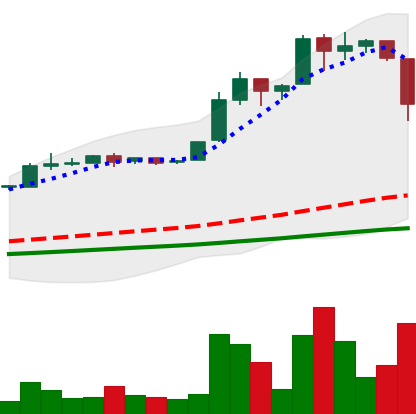
Ticker: BTC-USD
Chart end date: 2016-06-21
Forward return: -5.593%
Label: down_5_7